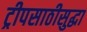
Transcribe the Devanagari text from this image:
ट्रीपसाठीसुद्धा